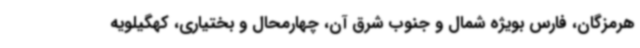
هرمزگان، فارس بویژه شمال و جنوب شرق آن، چهارمحال و بختیاری، کهگیلویه